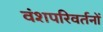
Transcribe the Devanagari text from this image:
वंशपरिवर्तनों